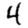
Digit: 4